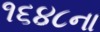
૧૬૪૮ના